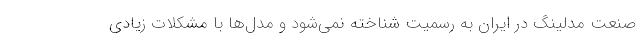
صنعت مدلینگ در ایران به رسمیت شناخته نمی‌شود و مدل‌ها با مشکلات زیادی